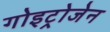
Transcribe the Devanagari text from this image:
गोइट्रोजेन